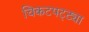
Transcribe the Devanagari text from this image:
चिकटपट्ट्या